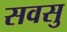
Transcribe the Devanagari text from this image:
सवसु